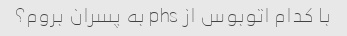
با کدام اتوبوس از phs به پسران بروم؟